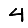
Digit: 4